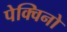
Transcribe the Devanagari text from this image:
पेक्विनो